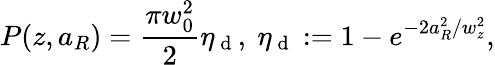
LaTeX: P(z,a_{R})=\frac{\pi w_{0}^{2}}{2}\eta_{\mathrm{~d~}},~\eta_{\mathrm{~d~}}:=1-e^{-2a_{R}^{2}/w_{z}^{2}},